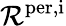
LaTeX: \mathcal{R}^{\mathrm{{per,i}}}